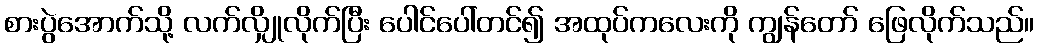
စားပွဲအောက်သို့ လက်လျှိုလိုက်ပြီး ပေါင်ပေါ်တင်၍ အထုပ်ကလေးကို ကျွန်တော် ဖြေလိုက်သည်။